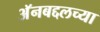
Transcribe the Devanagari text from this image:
अॅनबद्दलच्या